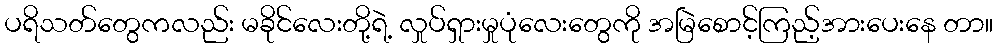
ပရိသတ်တွေကလည်း မခိုင်လေးတို့ရဲ့ လှုပ်ရှားမှုပုံလေးတွေကို အမြဲစောင့်ကြည့်အားပေးနေ တာ။